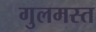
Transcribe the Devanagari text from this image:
गुलमस्त